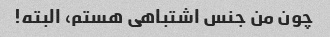
چون من جنس اشتباهی هستم، البته!